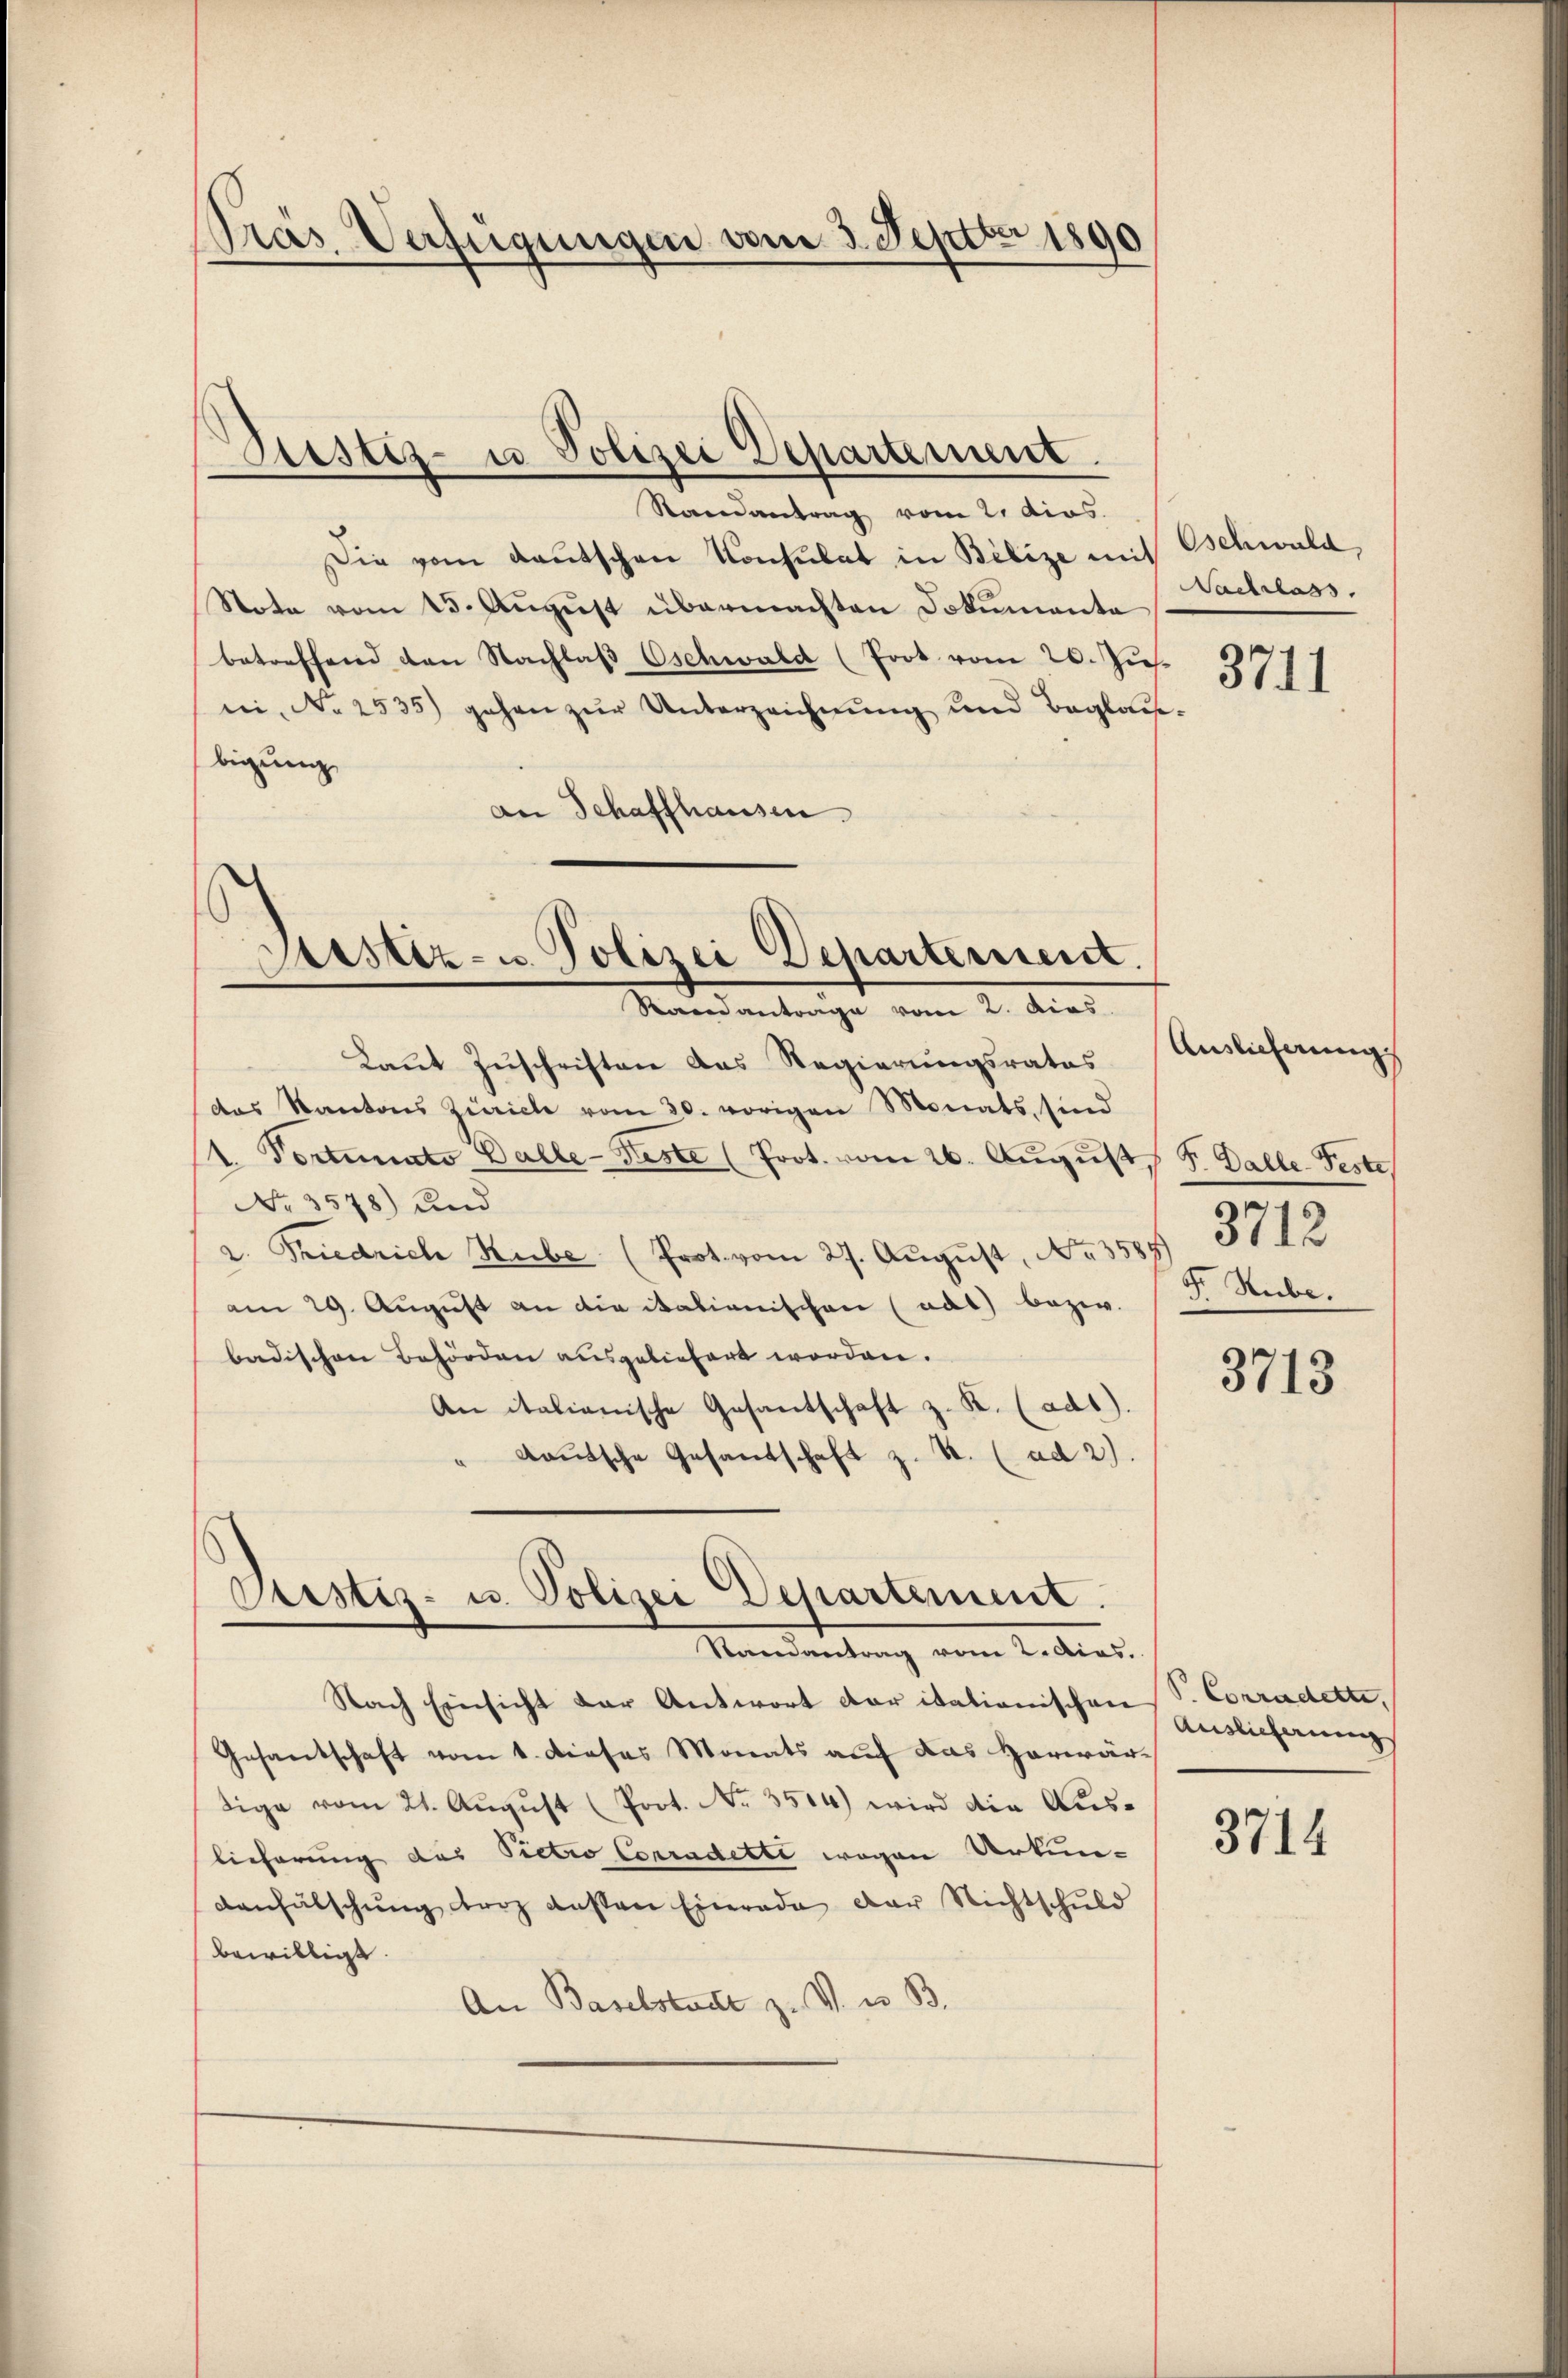
Präs. Verfügungen vom 3. Septbr 1890

Randantrag vom 2. dies
Die vom Kautschen Konsulat in Bibize mit Schwald
Stote vom 15. August übermachten Dokumenta
betreffend den Nachlaβ Oschwald (Prot vom 20. Jus
ni, No 2535) gehen zur Unterzeichnung und Beglau-
bigung
am Schaffhausen.
Bestiz- u. Polizei Departement.

Laut Zuschriften das Regierungsrates
das Kantons Zürich vom 30. vorigen Monats, sind
1. Portunato Galle-Feste (Prot. vom 26. August 8. Dalle-Feste
No 3578) und
v. Friedrich Huber (Prot. vom 27. August, No. 1889. 3113
am 29. August an die italienischen (nat) bezw.
badischen Behörden ausgeliefert worden.
An italienische Gesantschaft z. K. (ad1).
dautsche Gesandschaft z. B. (ad 2).

Nach Einsicht der Antwort daritationischen S. Corradetti,
Gesantschaft vom 1. dieses Monats auf das Horwärtige vom 21. Aŭgŭst (Prot. No. 3514) wird die Auslieferung des Pietio Conradette wegen Urkun-
Canfälschung triz ansten Einrada der Nichtschuld
bewilligt.
An Baselstadt z. V. u. B.

Dustiz- u Polizei Departement.

Mandantrage vom 2. dies

Sistiz- u. Polizei Departement.
Randantrag vom 2. dies.

Sachlass.

3711

Fr. Stube.

3713

3714

Auslieferung

Auslicherungs